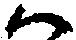
ハ